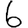
Digit: 6